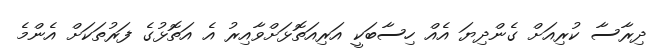
ދިރާސާ ކުރިއަށް ގެންދިޔަ އެއް ހިސާބަކީ އަރިއަތޮޅަށްވާއިރު އެ އަތޮޅުގެ ފަރުތަކަށް އެންމެ